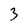
Character: 3